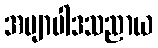
အဗျာပါဒသညာယ